65_HS1-834228961_62-HQ-83894_Section_6
Agency: FBI
Page 34
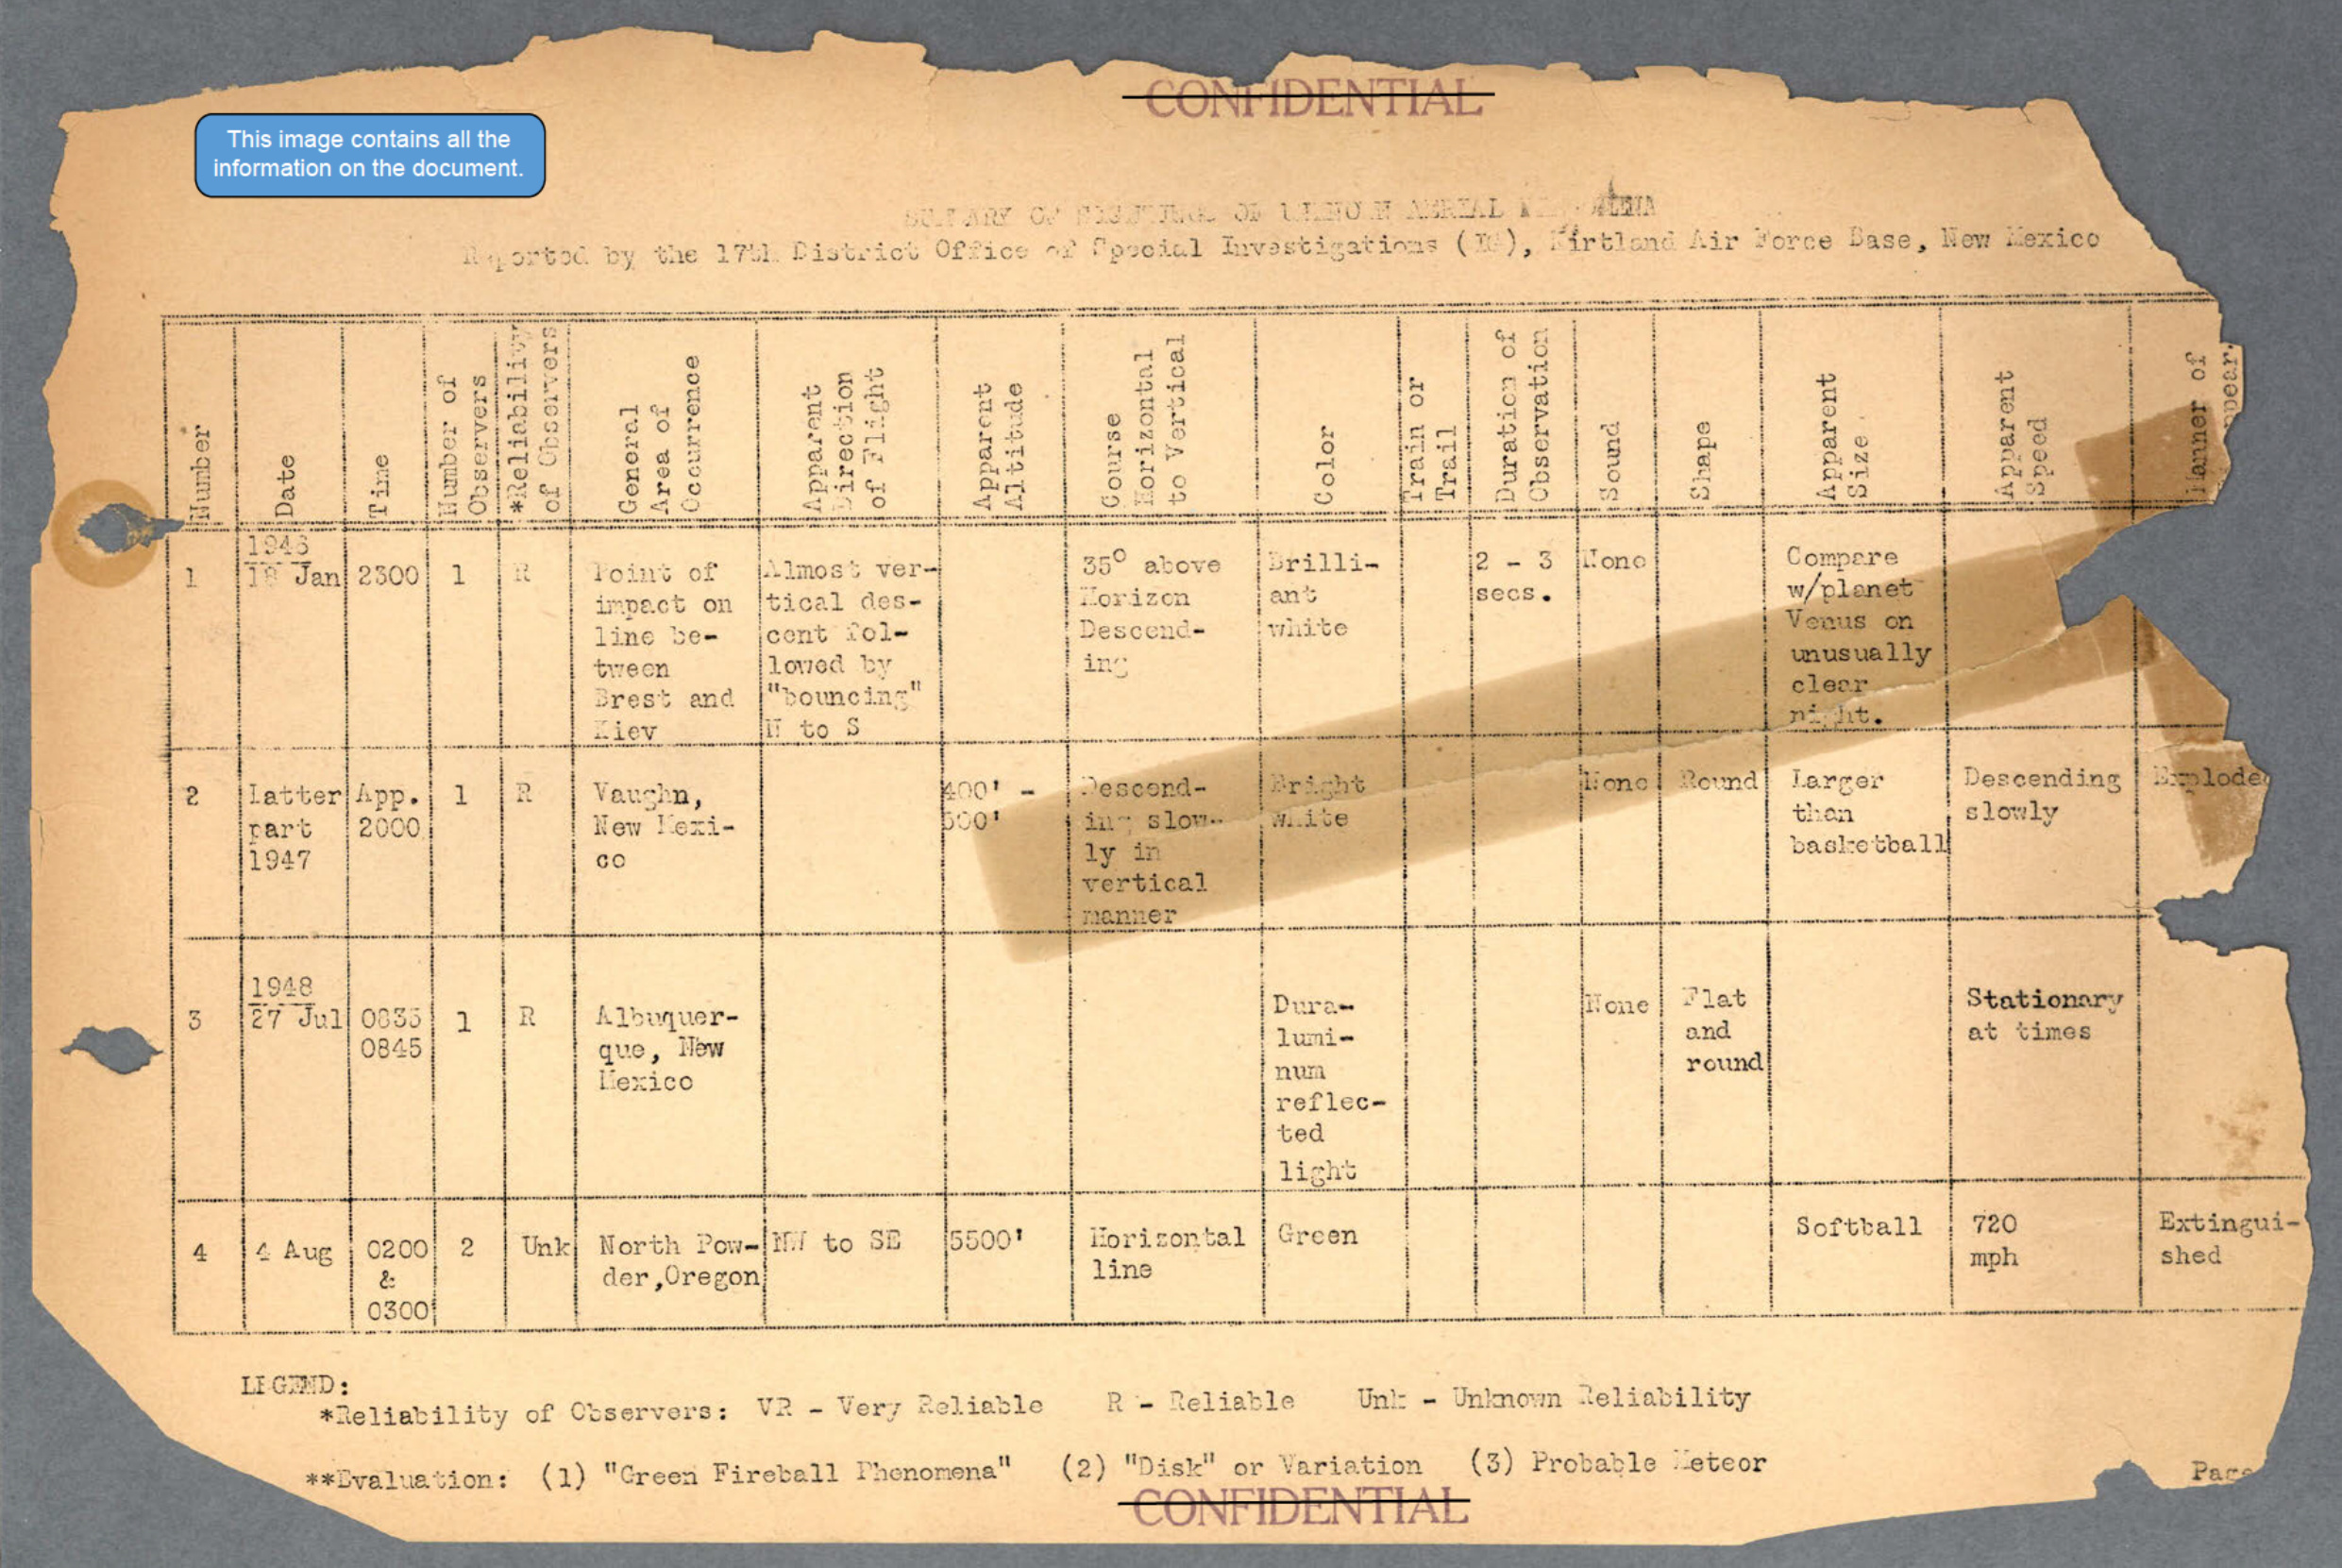